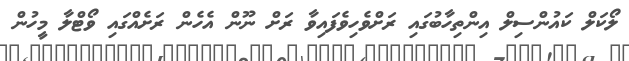
ލޯކަލް ކައުންސިލް އިންތިހާބުގައި ރަށްވެހިވެފައިވާ ރަށް ނޫން އެހެން ރަށެއްގައި ވޯޓްލާ މީހުން